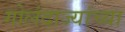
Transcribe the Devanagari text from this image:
गोलंदाज्यांच्या